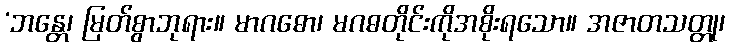
‘ဘန္တေ၊ မြတ်စွာဘုရား။ မာဂဓော၊ မဂဓတိုင်းကိုအစိုးရသော။ အဇာတသတ္တု၊